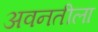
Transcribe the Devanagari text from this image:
अवनतीला